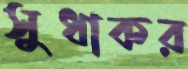
সুধাকর